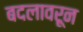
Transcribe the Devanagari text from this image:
बदलावरून